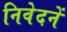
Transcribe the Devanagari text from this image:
निवेदनें